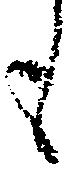
も